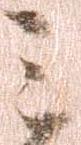
之